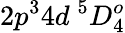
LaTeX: {2p^{3}4d~^{5}D_{4}^{o}}